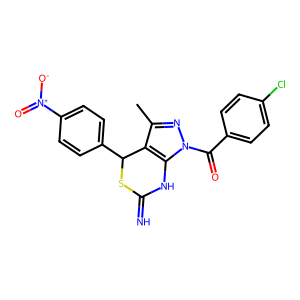
SMILES: Cc1nn(C(=O)c2ccc(Cl)cc2)c2c1C(c1ccc([N+](=O)[O-])cc1)SC(=N)N2
Inhibits HIV replication: No